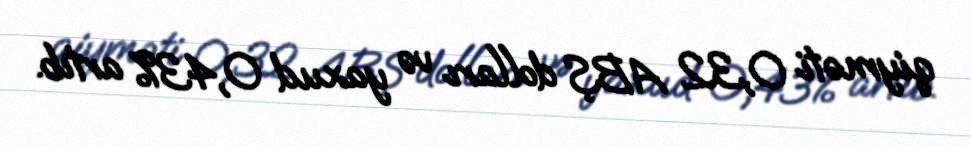
qiyməti 0,32 ABŞ dolları və yaxud 0,43% artıb.